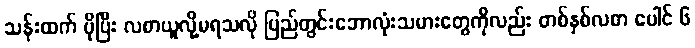
သန်းထက် ပိုပြီး လစာယူလို့မရသလို ပြည်တွင်းဘောလုံးသမားတွေကိုလည်း တစ်နှစ်လစာ ပေါင် ၆